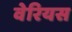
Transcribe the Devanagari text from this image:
वेरियस